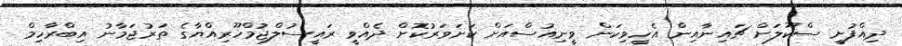
ދިއްފުށީ ސްކޫލަށް ޗައިނާއިން އެހީވިކަން ވީނިއުސްއަށް ކަށަވަރުކޮށް ދެއްވީ ރައީސުލްޖުމްހޫރިއްޔާގެ ތަރުޖަމާނު އިބްރާހިމް